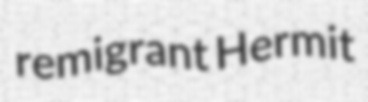
remigrant Hermit